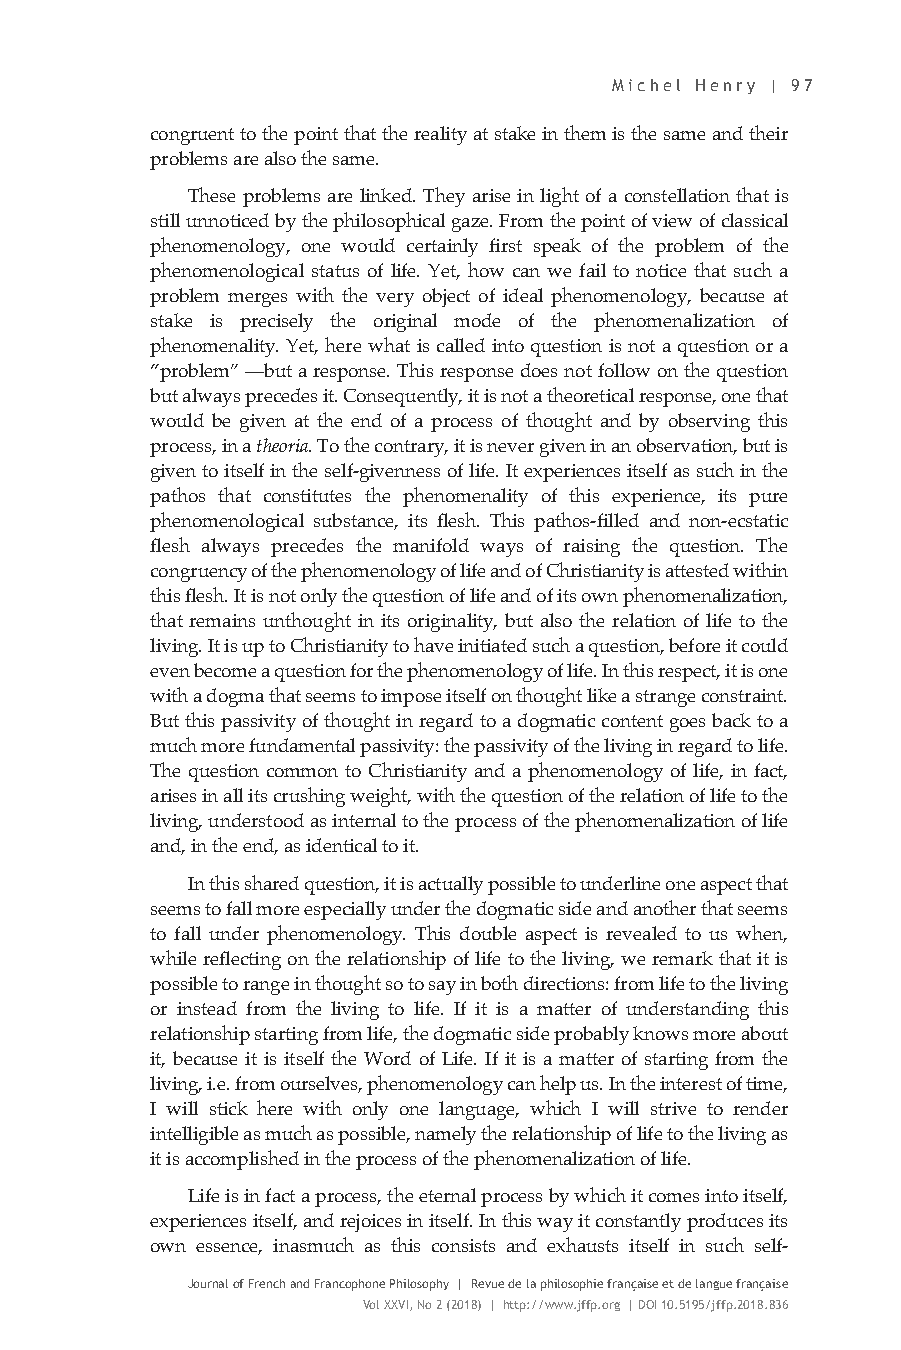
Michel Henry | 97
 congruent to the point that the reality at stake in them is the same and their
 problems are also the same.
 These problems are linked. They arise in light of a constellation that is
 still unnoticed by the philosophical gaze. From the point of view of classical
 phenomenology, one would certainly first speak of the problem of the
 phenomenological status of life. Yet, how can we fail to notice that such a
 problem merges with the very object of ideal phenomenology, because at
 stake is precisely the original mode of the phenomenalization of
 phenomenality. Yet, here what is called into question is not a question or a
 “problem” —but a response. This response does not follow on the question
 but always precedes it. Consequently, it is not a theoretical response, one that
 would be given at the end of a process of thought and by observing this
 process, in a theoria. To the contrary, it is never given in an observation, but is
 given to itself in the self-givenness of life. It experiences itself as such in the
 pathos that constitutes the phenomenality of this experience, its pure
 phenomenological substance, its flesh. This pathos-filled and non-ecstatic
 flesh always precedes the manifold ways of raising the question. The
 congruency of the phenomenology of life and of Christianity is attested within
 this flesh. It is not only the question of life and of its own phenomenalization,
 that remains unthought in its originality, but also the relation of life to the
 living. It is up to Christianity to have initiated such a question, before it could
 even become a question for the phenomenology of life. In this respect, it is one
 with a dogma that seems to impose itself on thought like a strange constraint.
 But this passivity of thought in regard to a dogmatic content goes back to a
 much more fundamental passivity: the passivity of the living in regard to life.
 The question common to Christianity and a phenomenology of life, in fact,
 arises in all its crushing weight, with the question of the relation of life to the
 living, understood as internal to the process of the phenomenalization of life
 and, in the end, as identical to it.
 In this shared question, it is actually possible to underline one aspect that
 seems to fall more especially under the dogmatic side and another that seems
 to fall under phenomenology. This double aspect is revealed to us when,
 while reflecting on the relationship of life to the living, we remark that it is
 possible to range in thought so to say in both directions: from life to the living
 or instead from the living to life. If it is a matter of understanding this
 relationship starting from life, the dogmatic side probably knows more about
 it, because it is itself the Word of Life. If it is a matter of starting from the
 living, i.e. from ourselves, phenomenology can help us. In the interest of time,
 I will stick here with only one language, which I will strive to render
 intelligible as much as possible, namely the relationship of life to the living as
 it is accomplished in the process of the phenomenalization of life.
 Life is in fact a process, the eternal process by which it comes into itself,
 experiences itself, and rejoices in itself. In this way it constantly produces its
 own essence, inasmuch as this consists and exhausts itself in such self-
 Journal of French and Francophone Philosophy | Revue de la philosophie française et de langue française
 Vol XXVI, No 2 (2018) | http://www.jffp.org | DOI 10.5195/jffp.2018.836